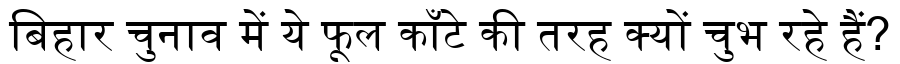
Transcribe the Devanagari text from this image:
बिहार चुनाव में ये फूल काँटे की तरह क्यों चुभ रहे हैं?